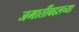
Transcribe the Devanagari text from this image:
जमातींबद्दलच्या